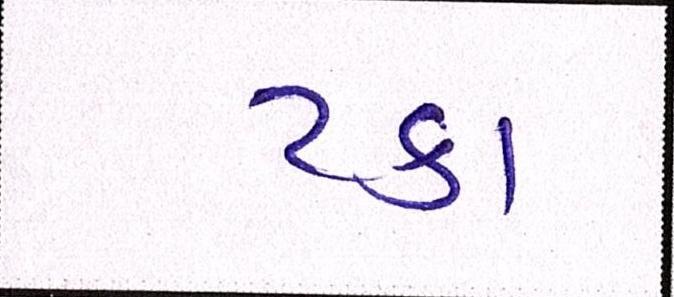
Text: ટકા